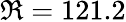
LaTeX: \Re=121.2